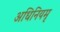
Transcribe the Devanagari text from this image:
अधिनियमृ